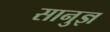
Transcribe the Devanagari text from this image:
सानुज्ञ